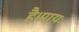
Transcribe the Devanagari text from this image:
है।प्रायः